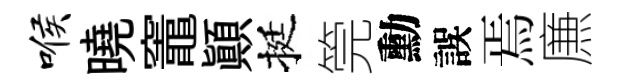
喉曉竈顚挺筦勳誤焉㢘